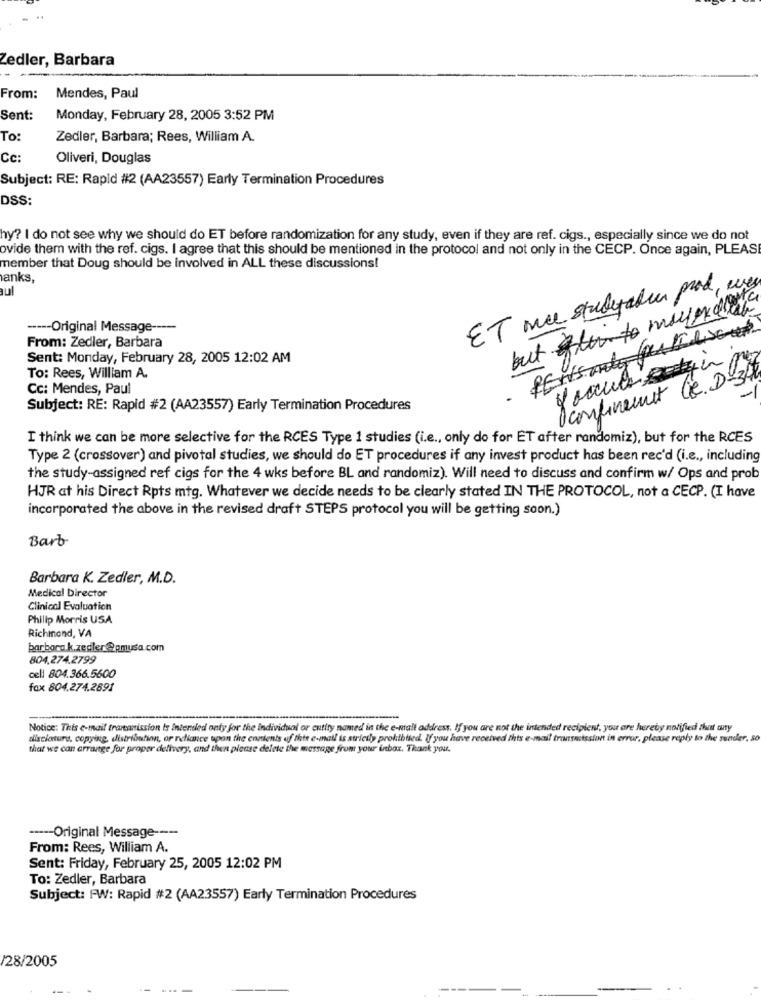
Zedler, Barbara
From:
Mendes, Paul
Sent:
Monday, February 28, 2005 3:52 PM
To:
Zedler, Barbara; Rees, William A.
Cc:
Oliveri, Douglas
Subject: RE: Rapid #2 (AA23557) Early Termination Procedures
DSS:
hy? I do not see why we should do ET before randomization for any study, even if they are ref. cigs ., especially since we do not
ovide them with the ref. cigs. I agree that this should be mentioned in the protocol and not only in the CECP. Once again, PLEAS
member that Doug should be involved in ALL these discussions!
anks,
aul
ET wee studeraden prod, ever
but mayode
----- Original Message ----
PENS only pourles
From: Zedler, Barbara
Sent: Monday, February 28, 2005 12:02 AM
To: Rees, William A.
Iconfinement le. De3)
Cc: Mendes, Paul
.
Subject: RE: Rapid #2 (AA23557) Early Termination Procedures
I think we can be more selective for the RCES Type 1 studies (i.e ., only do for ET after randomiz), but for the RCES
Type 2 (crossover) and pivotal studies, we should do ET procedures if any invest product has been rec'd (i.e ., including
the study-assigned ref cigs for the 4 wks before BL and randomiz). Will need to discuss and confirm w/ Ops and prob
HJR at his Direct Rpts mtg. Whatever we decide needs to be clearly stated IN THE PROTOCOL, not a CECP. (I have
incorporated the above in the revised draft STEPS protocol you will be getting soon.)
Barb
Barbara K. Zedler, M.D.
Medical Director
Clinical Evaluation
Philip Morris USA
Richmond, VA
barbora k.zedler@pmusa.com
804.274.2799
cell 804.366.5600
fox 804.274.2891
Notice: This e-mail tranaission is Intended only for the individual or entity named in the e-mail address. If you are not the intended recipient, you are hereby notified that auty
disclosure, copying, distribution, or reliance upon the contents of this e-mail is strictly prohibited. If you have received this e-mail transmission in error, please reply to the sender, so
that we can arrange for proper delivery, and then please delete the message from your inbox. Thank you.
----- Original Message ----
From: Rees, William A.
Sent: Friday, February 25, 2005 12:02 PM
To: Zedler, Barbara
Subject: FW: Rapid #2 (AA23557) Early Termination Procedures
/28/2005